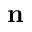
\mathbf { n }